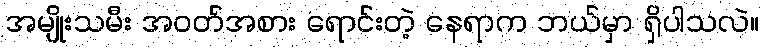
အမျိုးသမီး အဝတ်အစား ရောင်းတဲ့ နေရာက ဘယ်မှာ ရှိပါသလဲ။